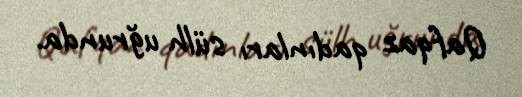
Qafqaz qadınları sülh uğrunda.